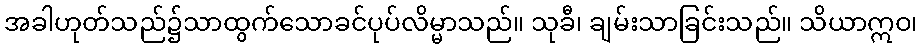
အခါဟုတ်သည်၌သာထွက်သောခင်ပုပ်လိမ္မာသည်။ သုခီ၊ ချမ်းသာခြင်းသည်။ သိယာဣဝ၊